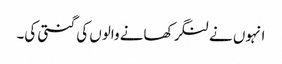
انہوں نے لنگر کھانے والوں کی گنتی کی۔